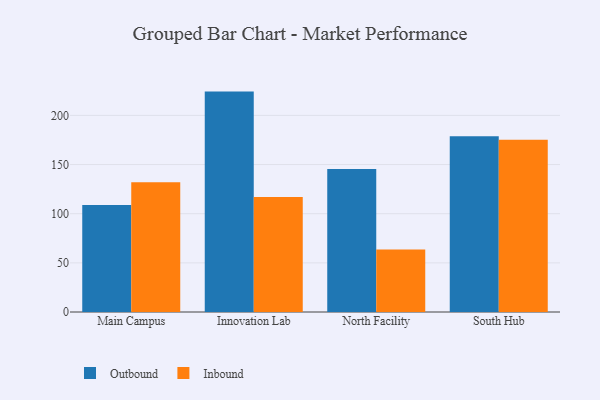
{"axis": {"x": "Campus", "y": "Energy Usage (MWh)"}, "legend": ["Inbound", "Outbound"], "data": [{"x": "Main Campus", "y": 108.8, "type": "Outbound"}, {"x": "Main Campus", "y": 132.0, "type": "Inbound"}, {"x": "Innovation Lab", "y": 224.2, "type": "Outbound"}, {"x": "Innovation Lab", "y": 117.1, "type": "Inbound"}, {"x": "North Facility", "y": 145.4, "type": "Outbound"}, {"x": "North Facility", "y": 63.6, "type": "Inbound"}, {"x": "South Hub", "y": 178.8, "type": "Outbound"}, {"x": "South Hub", "y": 175.1, "type": "Inbound"}]}